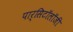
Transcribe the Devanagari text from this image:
पार्सिटॉलॉजी